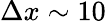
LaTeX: \Delta x\sim 10